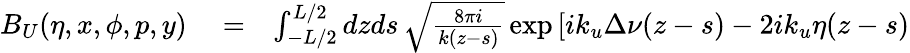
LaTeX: \begin{array}{rlr}{B_{U}(\eta,x,\phi,p,y)}&{{}=}&{\int_{-L/2}^{L/2}dzds\, \sqrt{\frac{8\pi i}{k(z-s)}}\exp\left[ik_{u}\Delta\nu(z-s)-2ik_{u}\eta(z-s)\right.}\end{array}